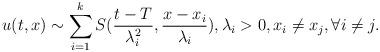
LaTeX: \begin{align*}u(t,x)\sim \sum_{i=1}^{k}S(\frac{t-T}{\lambda^{2}_{i}},\frac{x-x_{i}}{\lambda_{i}}), \lambda_{i}>0, x_{i}\neq x_{j}, \forall i\neq j.\end{align*}